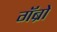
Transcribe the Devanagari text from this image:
गॅब्रो